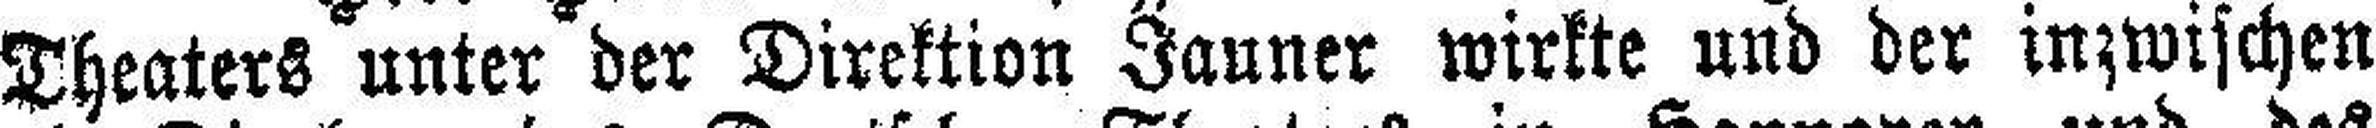
Theaters unter der Direktion Jauner wirkte und der inzwischen